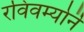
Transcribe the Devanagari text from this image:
रविवर्म्यानॆ